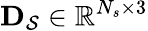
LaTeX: \mathbf{D}_{\mathcal{S}}\in\mathbb{R}^{N_{s}\times 3}